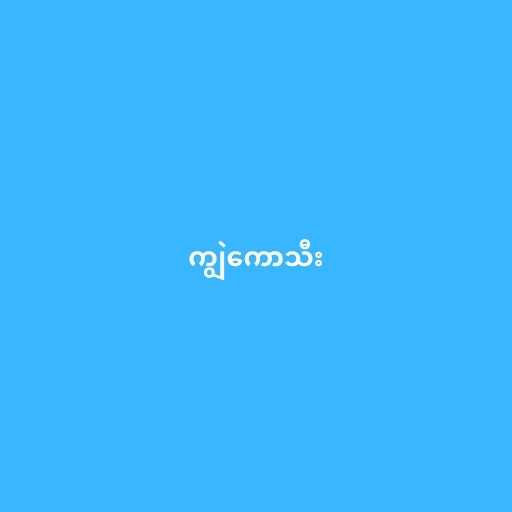
ကျွဲကောသီး